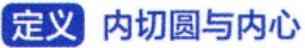
定义 内切圆与内心